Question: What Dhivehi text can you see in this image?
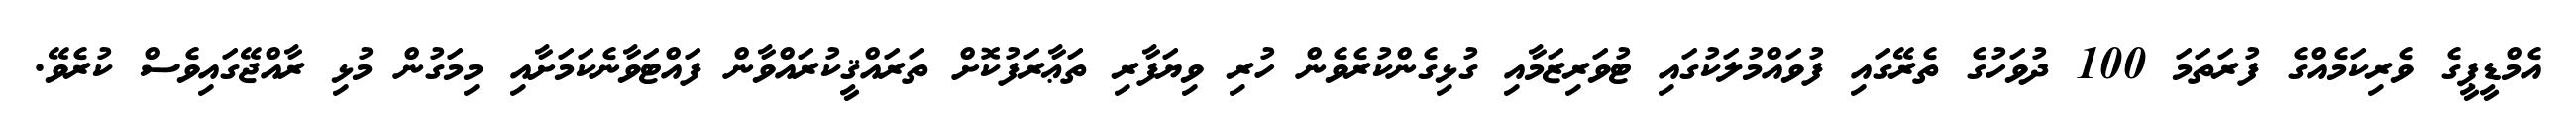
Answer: އެމްޑީޕީގެ ވެރިކަމެއްގެ ފުރަތަމަ 100 ދުވަހުގެ ތެރޭގައި ފުވައްމުލަކުގައި ޓުވަރިޒަމާއި ގުޅިގެންކުރެވެން ހުރި ވިޔަފާރި ތަޢާރަފުކޮށް ތަރައްޤީކުރައްވާން ފައްޓަވާނެކަމަށާއި މިމަގުން މުޅި ރާއްޖޭގައިވެސް ކުރެވޭ.